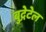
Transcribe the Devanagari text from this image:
बुद्गेटेल